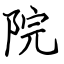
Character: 院